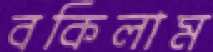
বকিলাম